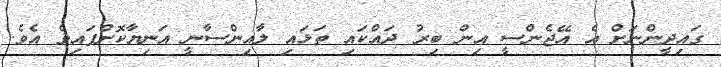
ގައިދީންނަށް އެ އޭޖެންސީ އިން ބިރު ދައްކައި ތަޅައި ލާއިންސާނީ އަނިޔާކޮށްފައިވެ އެވެ.